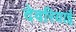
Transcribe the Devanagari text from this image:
देवरियाई